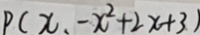
P ( x _ { 1 } - x ^ { 2 } + 2 x + 3 )